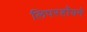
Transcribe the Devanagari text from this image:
लिपरहॉयने